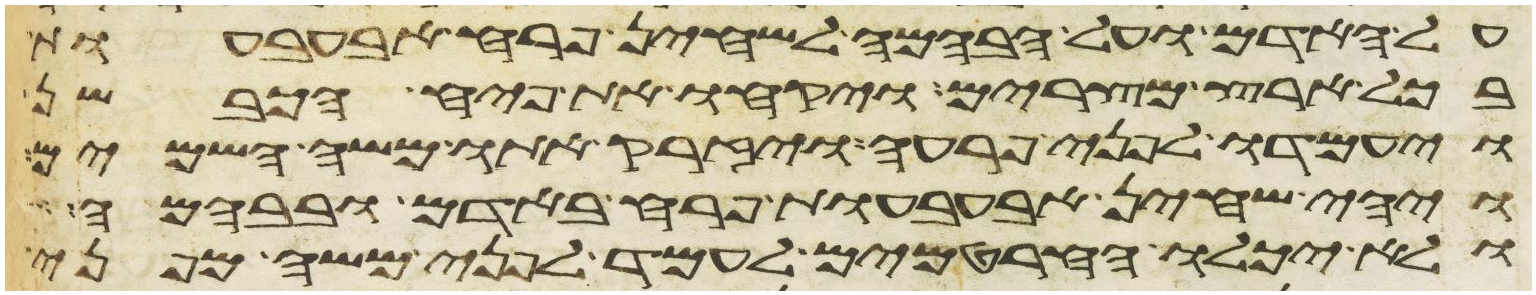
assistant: על האדם ועל הבהמה לשחין פרח אבעבעות
בכל ארץ מצרים ויקחו את פיח הכבשן
ויעמדו לפני פרעה ויזרק אתו משה השמים
ויהי שחין אבעבעות פרח באדם ובבהמה
ולא יכלו החרטמים לעמד לפני משה מפני